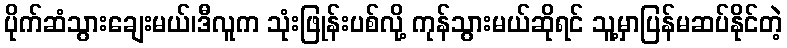
ပိုက်ဆံသွားချေးမယ်၊ဒီလူက သုံးဖြုန်းပစ်လို့ ကုန်သွားမယ်ဆိုရင် သူ့မှာပြန်မဆပ်နိုင်တဲ့